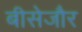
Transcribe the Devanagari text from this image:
बीसेजौर